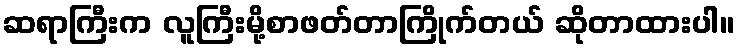
ဆရာကြီးက လူကြီးမို့စာဖတ်တာကြိုက်တယ် ဆိုတာထားပါ။